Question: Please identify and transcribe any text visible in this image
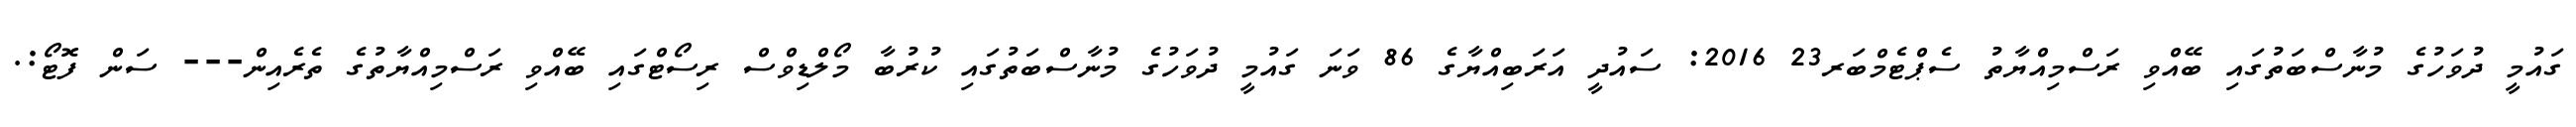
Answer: ގައުމީ ދުވަހުގެ މުނާސްބަތުގައި ބޭއްވި ރަސްމިއްޔާތު ސެޕްޓެމްބަރ23 2016: ސައުދީ އަރަބިއްޔާގެ 86 ވަނަ ގައުމީ ދުވަހުގެ މުނާސްބަތުގައި ކުރުބާ މޯލްޑިވްސް ރިސޯޓްގައި ބޭއްވި ރަސްމިއްޔާތުގެ ތެރެއިން--- ސަން ފޮޓޯ:.